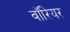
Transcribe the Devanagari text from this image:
वाॅरियर